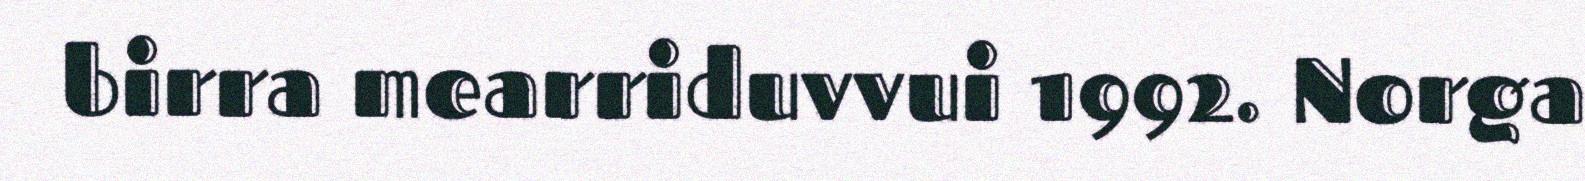
birra mearriduvvui 1992. Norga